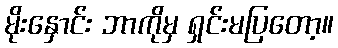
မိုးနှောင်း ဘာကိုမှ ရှင်းမပြတော့။